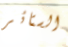
الستائر